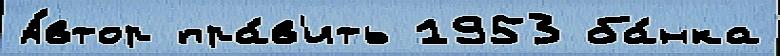
А́втор пра́в'ить 1953 ба́нка